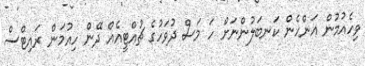
ވިހެއުމުން އަންހެން ކަނބަލުންނަށް ހަ މަސް ދުވަހުގެ ޗުއްޓީއެއް ދޭން ހިއުމަން ރައިޓްސް